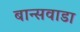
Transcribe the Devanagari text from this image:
बान्सवाडा